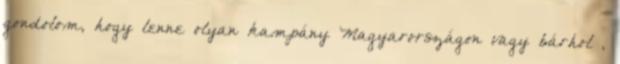
gondolom, hogy lenne olyan kampány Magyarországon vagy bárhol ,